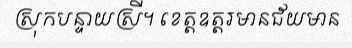
ស្រុកបន្ទាយស្រី។ ខេត្តឧត្តរមានជ័យមាន